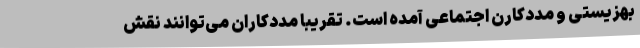
بهزیستی و مددکارن اجتماعی آمده است. تقریبا مددکاران می‌توانند نقش